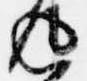
返